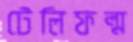
টেলিফল্ম